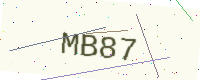
Text: MB87